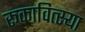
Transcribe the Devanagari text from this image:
रूकावित्स्या